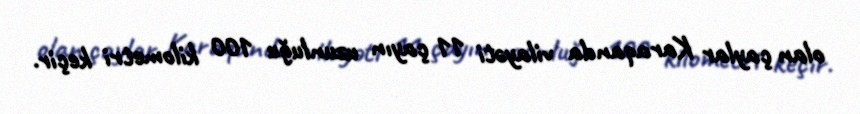
olan çaylar Karaqanda vilayəti 11 çayın uzunluğu 100 kilometri keçir.